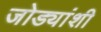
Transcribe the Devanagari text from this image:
जोड्यांशी